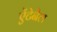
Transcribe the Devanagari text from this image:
ऐंटेनैल